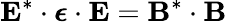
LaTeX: \mathbf{E}^{*}\cdot\boldsymbol{\epsilon}\cdot\mathbf{E}=\mathbf{B}^{*}\cdot\mathbf{B}